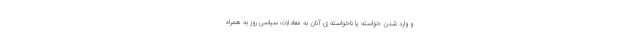
و وارد شدنِ خواسته یا ناخواسته ی آنان به معادلات سیاسی روز به همراه